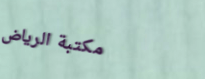
مكتبة الرياض